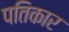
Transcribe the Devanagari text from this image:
पतिकार